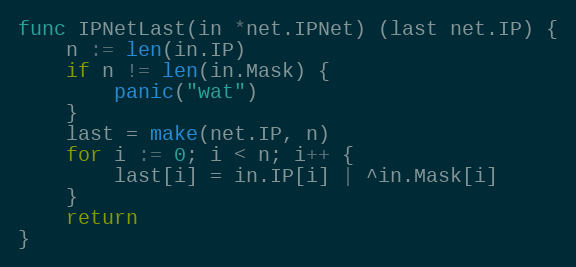
Language: Go
func IPNetLast(in *net.IPNet) (last net.IP) {
	n := len(in.IP)
	if n != len(in.Mask) {
		panic("wat")
	}
	last = make(net.IP, n)
	for i := 0; i < n; i++ {
		last[i] = in.IP[i] | ^in.Mask[i]
	}
	return
}